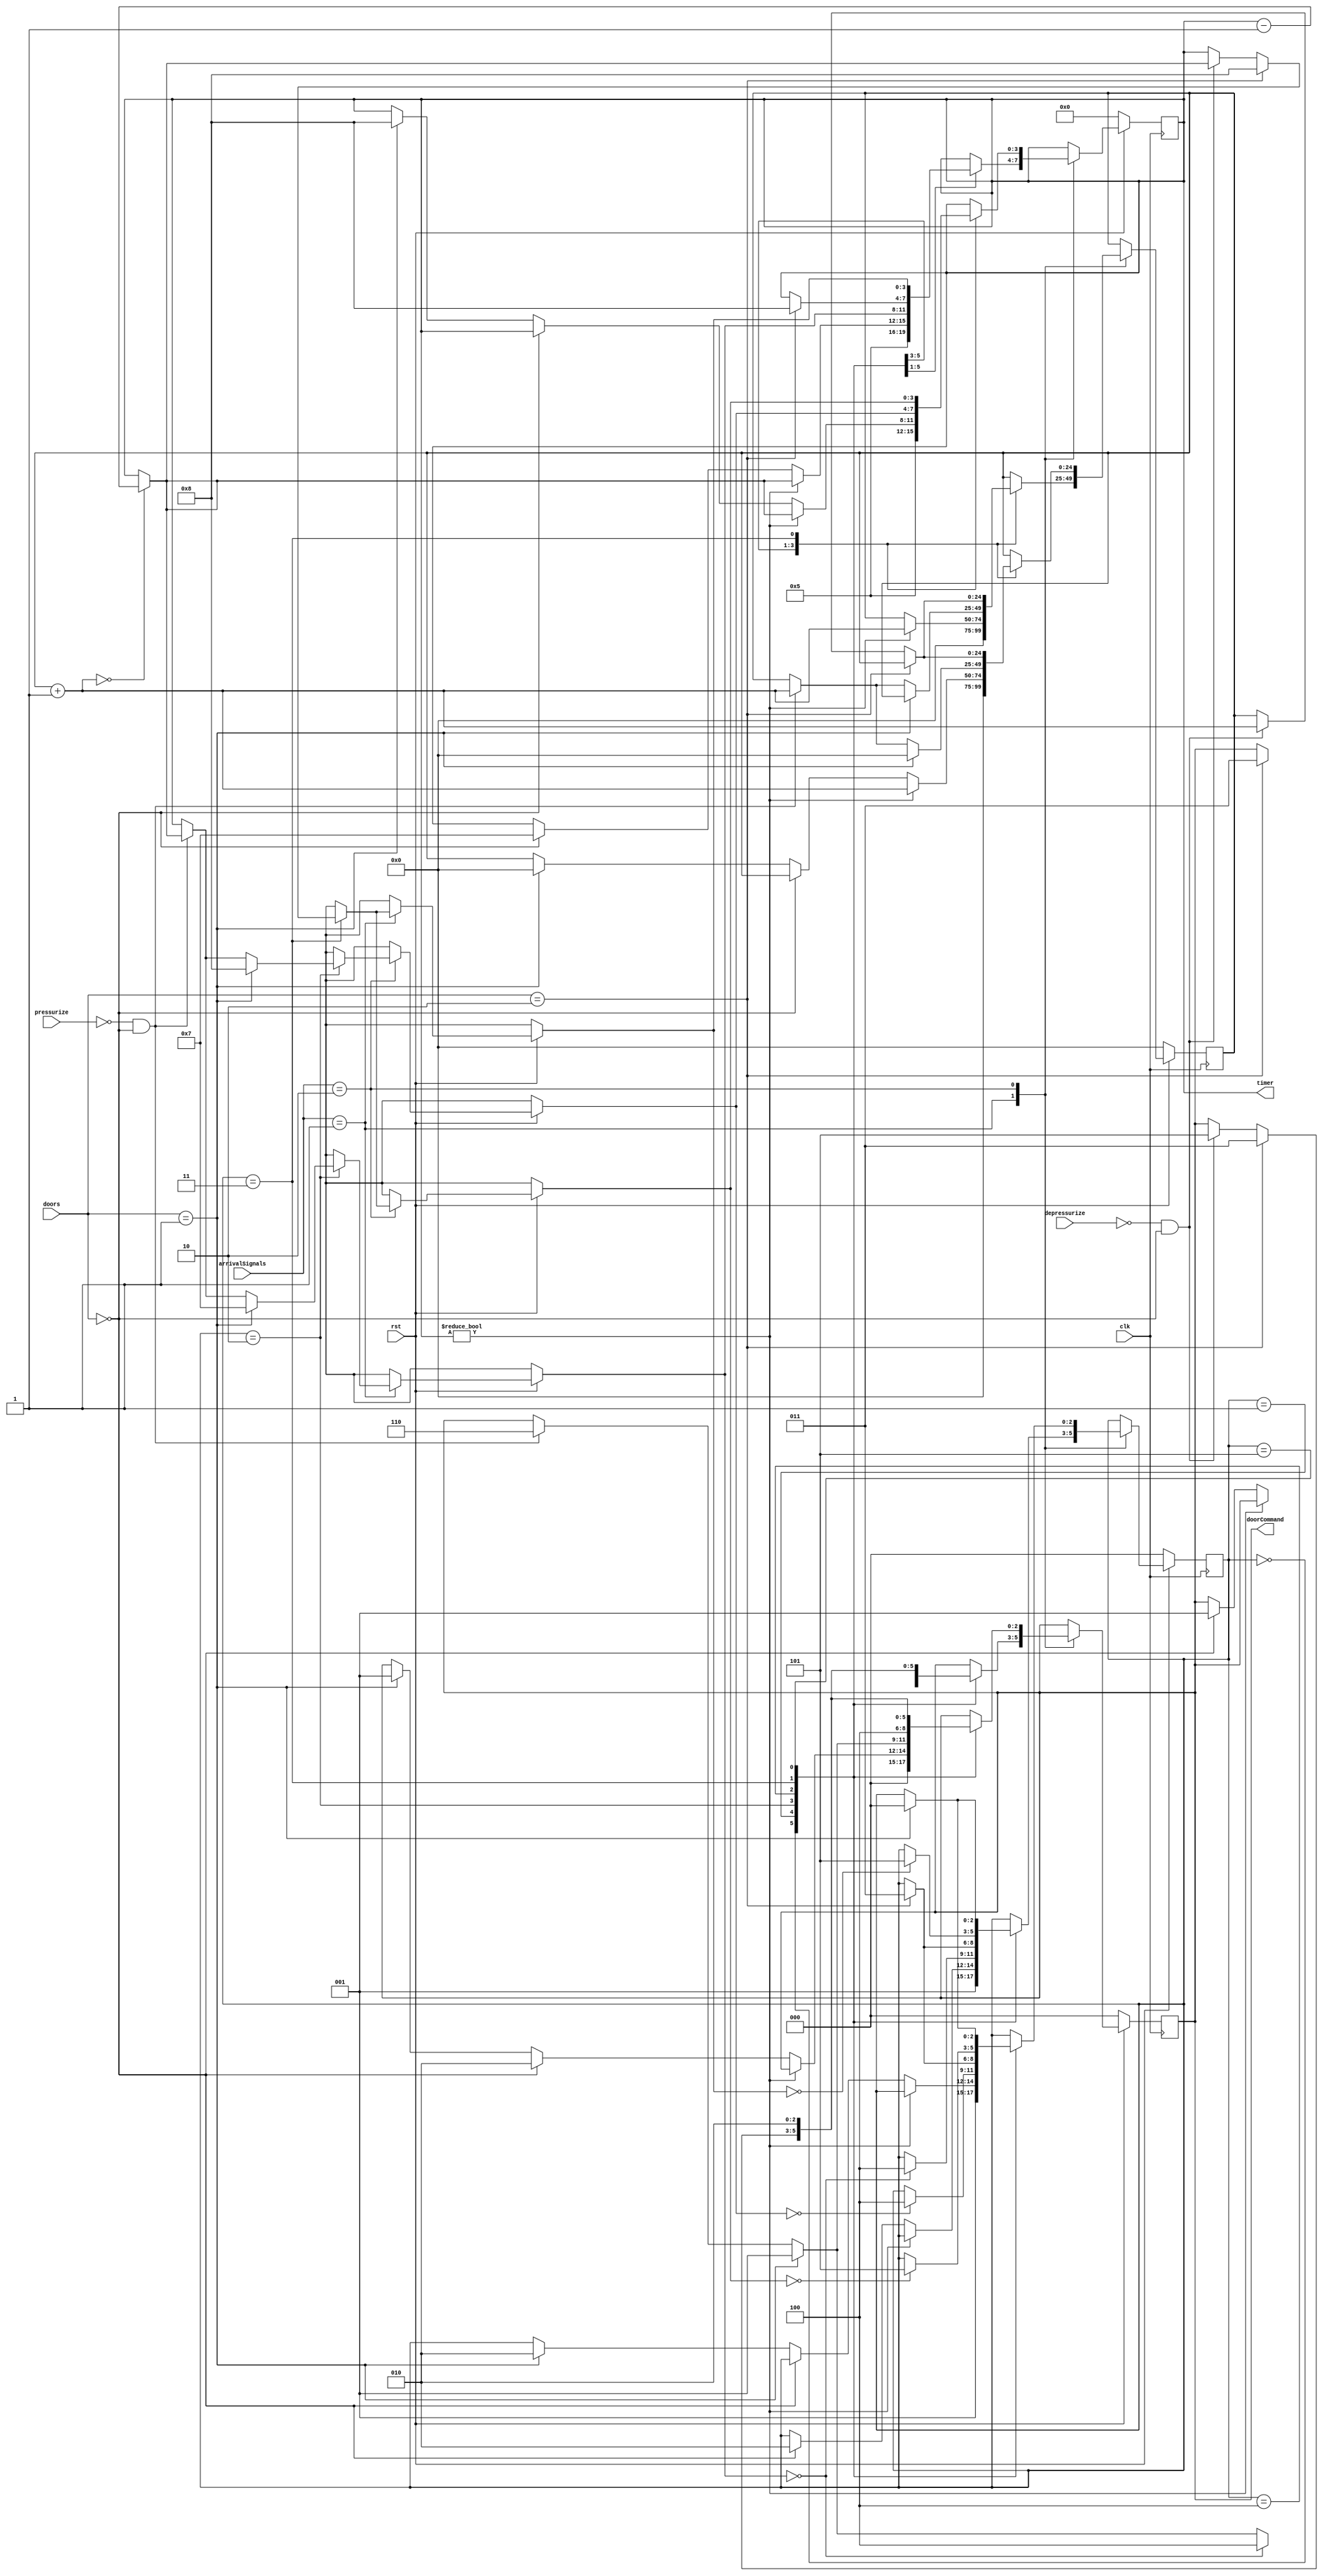
module interlock(doorCommand, timer, arrivalSignals, doors, pressurize, depressurize, clk, rst);


	input clk, rst;
	input [1:0] doors;
	input [1:0] arrivalSignals;
	input pressurize, depressurize;

	
	
	output reg [3:0] timer;
	output reg [2:0] doorCommand;
	parameter DOOR_COMMAND_IDLE = 3'b000;
	parameter CLOSE_INNER_DOOR = 3'b001;
	parameter OPEN_INNER_DOOR = 3'b010;
	parameter CLOSE_OUTER_DOOR = 3'b011;
	parameter OPEN_OUTER_DOOR = 3'b100;
	parameter DEPRESSURIZE = 3'b101;
	parameter PRESSURIZE = 3'b110;

	
	parameter OP_NOP = 2'b00;
	parameter OP_BATH_ARRIVING = 2'b01;
	parameter OP_BATH_LEAVING = 2'b10;
	
	
	
	parameter DOORS_CLOSED = 2'b00;
	parameter DOORS_OPENED = 2'b00;
	parameter INNER_DOOR_OPENED = 2'b01;
	parameter OUTER_DOOR_OPENED = 2'b10;
	
	
	
	reg [2:0] state;
	parameter OP_INIT = 3'b000;
	parameter OP_WAITING = 3'b001;
	parameter OP_PRESSURIZE = 3'b010;
	parameter OP_DEPRESSURIZE = 3'b011;
	parameter OP_OPEN_OUTER_DOOR = 3'b100;
	parameter OP_OPEN_INNER_DOOR = 3'b101;
	parameter OP_CLOSE_DOORS = 3'b110;
	
	
	reg [24:0] ticks; // Variable for clock division
	
	
	always @(posedge clk) begin
		if (!rst) begin
			state = OP_INIT;
			timer = 4'b0000;
			ticks = 25'b0;
			doorCommand = DOOR_COMMAND_IDLE;
		end else begin
			case (arrivalSignals) 
				OP_NOP: begin
				
				end
				
				
				OP_BATH_ARRIVING: begin

					case (state) 
						
						OP_INIT : begin
							timer = 5;
							ticks = 25'b0;
							doorCommand = DOOR_COMMAND_IDLE;
							state = OP_WAITING;
						end
					
						OP_WAITING : begin
							if (timer) begin
								ticks = ticks + 25'b1;
								
								if (ticks == 25'b0) begin
									timer = timer - 4'b0001;
								end
							end else 
							if (doors == DOORS_CLOSED) begin
								timer = 7;
								doorCommand = CLOSE_INNER_DOOR;
								state = OP_PRESSURIZE;
							end
						end
						
						OP_PRESSURIZE : begin
							if (doors == INNER_DOOR_OPENED) begin
								timer = 7;
								doorCommand = CLOSE_INNER_DOOR;
							end else if (!pressurize && (doors == DOORS_CLOSED)) begin
								doorCommand = PRESSURIZE;
								ticks = ticks +  25'b1;
								
								if (ticks == 25'b0) begin
									timer = timer - 4'b0001;
								end
							end
							
							if (timer == 0) begin
								doorCommand = OPEN_OUTER_DOOR;
								state = OP_OPEN_OUTER_DOOR;
							end
						end
						
						
						OP_OPEN_OUTER_DOOR : begin
							if (doors == OUTER_DOOR_OPENED) begin
								timer = 8;
								doorCommand = CLOSE_OUTER_DOOR;
								state = OP_DEPRESSURIZE;
							end
						end
						
						OP_DEPRESSURIZE : begin
							if (doors == OUTER_DOOR_OPENED) begin
								timer = 8;
								doorCommand = CLOSE_OUTER_DOOR;
							end 
							else if (!depressurize && (doors == DOORS_CLOSED)) begin
								doorCommand = DEPRESSURIZE;
								ticks = ticks +  25'b1;
								
								if (ticks == 25'b0) begin
									timer = timer - 4'b0001;
								end
							end
							
							if (timer == 0) begin
								state = OP_OPEN_INNER_DOOR;
							end
						end
						
						OP_OPEN_INNER_DOOR : begin   // Done CHECK THIS
							doorCommand = OPEN_INNER_DOOR;
							if (doors == INNER_DOOR_OPENED) begin
								state = OP_INIT;
							end
						end
						
						
					
					endcase
				end
					
					
				OP_BATH_LEAVING : begin
						
					case (state) 
					
						OP_INIT : begin
							timer = 5;
							ticks = 25'b0;
							doorCommand = DOOR_COMMAND_IDLE;
							state = OP_WAITING;
						end

						OP_WAITING : begin
							if (timer) begin
								ticks = ticks + 1;
								
								if (ticks == 25'b0) begin
									timer = timer - 4'b0001;
								end
							end 
							else if (doors == DOORS_CLOSED) begin
								doorCommand = OPEN_INNER_DOOR;
							end
							else if (doors == INNER_DOOR_OPENED) begin
								doorCommand = CLOSE_INNER_DOOR;
								timer = 8;
								ticks = 0;
								state = OP_PRESSURIZE;
							end
						end
						
					
						OP_PRESSURIZE : begin
							if (doors == INNER_DOOR_OPENED) begin
								timer = 8;
								ticks = 0;
								doorCommand = CLOSE_INNER_DOOR;
							end
							else if (!pressurize && (doors == DOORS_CLOSED)) begin
								doorCommand = PRESSURIZE;
								ticks = ticks + 1;
								
								if (ticks == 25'b0) begin
									timer = timer - 4'b0001;
								end
							end
							
							if (!timer) begin
								state = OPEN_OUTER_DOOR;
							end
						end
						
						OP_OPEN_OUTER_DOOR : begin
							doorCommand = OPEN_OUTER_DOOR;
							if (doors == OUTER_DOOR_OPENED) begin
								state = OP_DEPRESSURIZE;
							end
						
						end
					
						OP_DEPRESSURIZE : begin
							if (doors == OUTER_DOOR_OPENED) begin
								timer = 8;
								doorCommand = CLOSE_OUTER_DOOR;
							end 
							else if (!depressurize && (doors == DOORS_CLOSED)) begin
								doorCommand = DEPRESSURIZE;
								ticks = ticks + 1;
								
								if (ticks == 25'b0) begin
									timer = timer - 4'b0001;
								end
							end
							
							if (!timer) begin
								state = OP_OPEN_INNER_DOOR;
							end
						
						end
						
						OP_OPEN_INNER_DOOR : begin
							doorCommand = OPEN_INNER_DOOR;
							if (doors == INNER_DOOR_OPENED) begin
								state = OP_INIT;
							end
						end
					
					endcase
				end

			endcase
		end
	end
	
	
endmodule